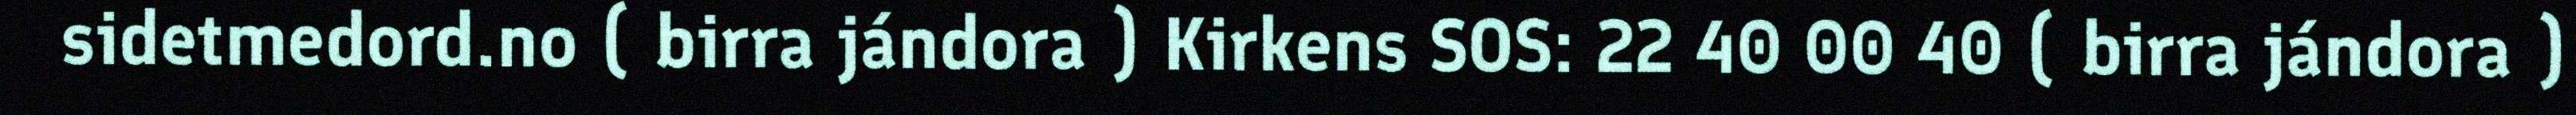
sidetmedord.no ( birra jándora ) Kirkens SOS: 22 40 00 40 ( birra jándora )